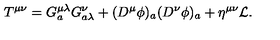
T ^ { \mu \nu } = G _ { a } ^ { \mu \lambda } G _ { a \lambda } ^ { \nu } + ( D ^ { \mu } \phi ) _ { a } ( D ^ { \nu } \phi ) _ { a } + \eta ^ { \mu \nu } { \cal L } .